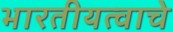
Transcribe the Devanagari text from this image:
भारतीयत्वाचे